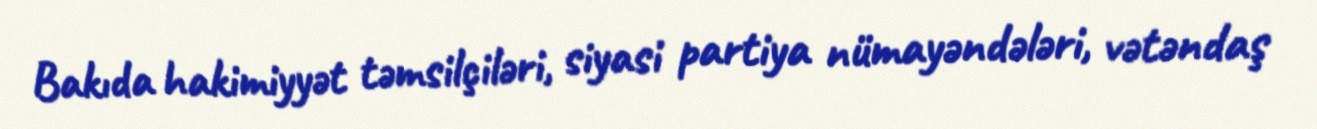
Bakıda hakimiyyət təmsilçiləri, siyasi partiya nümayəndələri, vətəndaş